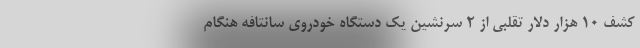
کشف ۱۰ هزار دلار تقلبی از ۲ سرنشین یک دستگاه خودروی سانتافه هنگام